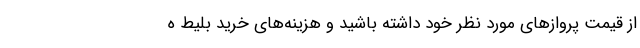
از قیمت پروازهای مورد نظر خود داشته باشید و هزینه‌های خرید بلیط ه